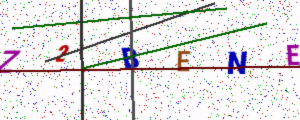
Text: Z2BENE